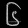
Digit: ၆